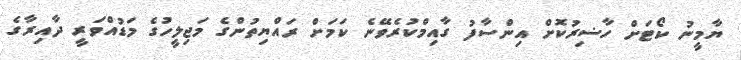
ޔާމީނު ކޯޓަށް ހާޟިރުކޮށް އިންސާފު ގާއިމްކުރެވޭނެ ކަމަށް ރައްޔިތުންގެ މަޖިލީހުގެ މަޑުއްވަރީ ދާއިރާގެ